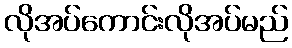
လိုအပ်ကောင်းလိုအပ်မည်